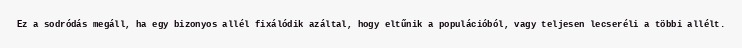
Ez a sodródás megáll, ha egy bizonyos allél fixálódik azáltal, hogy eltűnik a populációból, vagy teljesen lecseréli a többi allélt.